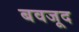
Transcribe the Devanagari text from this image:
बवजूद